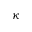
\kappa